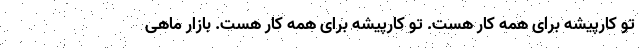
تو کارپیشه برای همه کار هست. تو کارپیشه برای همه کار هست. بازار ماهی